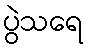
ပွဲသရေ